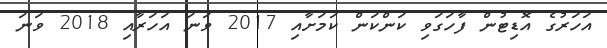
އަހަރުގެ އޮޑިޓުން ފާހަގަވި ކަންކަން ކަމަށާއި 2017 ވަނަ އަހަރާއި 2018 ވަނަ